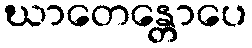
ဃာတေန္တောပေ